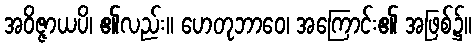
အဝိဇ္ဇာယပိ၊ ၏လည်း။ ဟေတုဘာဝေ၊ အကြောင်း၏ အဖြစ်၌။